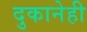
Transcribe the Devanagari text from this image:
दुकानेही